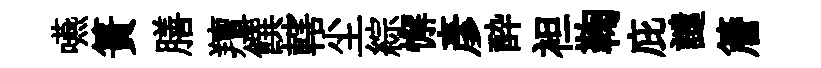
嚥簣膳羶饌轄尘綜懈彦酔袒鞠庇譴簷